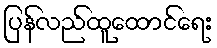
ပြန်လည်ထူထောင်ရေး